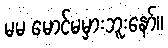
မမ မောင်မမှားဘူးနော်။